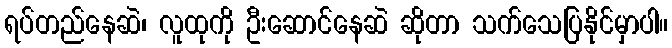
ရပ်တည်နေဆဲ၊ လူထုကို ဦးဆောင်နေဆဲ ဆိုတာ သက်သေပြနိုင်မှာပါ။